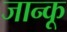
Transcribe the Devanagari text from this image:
जान्कू